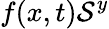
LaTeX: f(x,t)\mathcal{S}^{y}